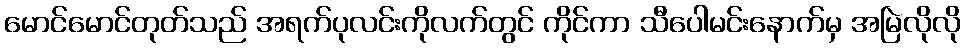
မောင်မောင်တုတ်သည် အရက်ပုလင်းကိုလက်တွင် ကိုင်ကာ သီပေါမင်းနောက်မှ အမြဲလိုလို